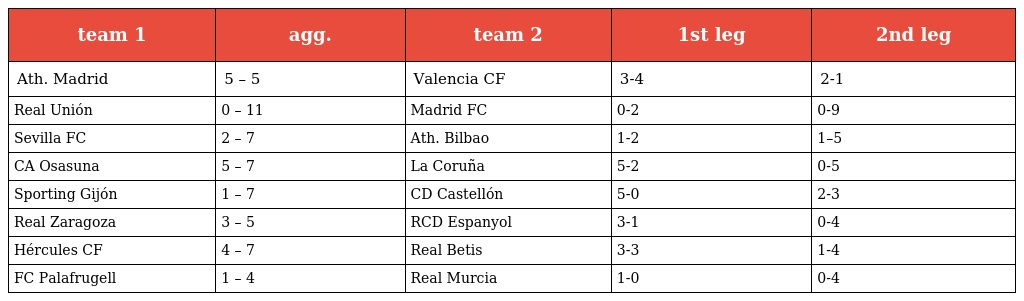
| team 1 | agg. | team 2 | 1st leg | 2nd leg |
 | --- | --- | --- | --- | --- |
 | Ath. Madrid | 5 – 5 | Valencia CF | 3-4 | 2-1 |
 | Real Unión | 0 – 11 | Madrid FC | 0-2 | 0-9 |
 | Sevilla FC | 2 – 7 | Ath. Bilbao | 1-2 | 1–5 |
 | CA Osasuna | 5 – 7 | La Coruña | 5-2 | 0-5 |
 | Sporting Gijón | 1 – 7 | CD Castellón | 5-0 | 2-3 |
 | Real Zaragoza | 3 – 5 | RCD Espanyol | 3-1 | 0-4 |
 | Hércules CF | 4 – 7 | Real Betis | 3-3 | 1-4 |
 | FC Palafrugell | 1 – 4 | Real Murcia | 1-0 | 0-4 |